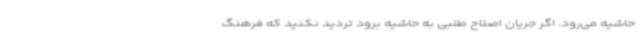
حاشیه می‌رود. اگر جریان اصلاح طلبی به حاشیه برود تردید نکنید که فرهنگ